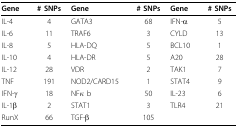
<table><thead><tr><td><b>Gene</b></td><td><b># SNPs</b></td><td><b>Gene</b></td><td><b># SNPs</b></td><td><b>Gene</b></td><td><b># SNPs</b></td></tr></thead><tbody><tr><td>IL-4</td><td>4</td><td>GATA3</td><td>68</td><td>IFN-α</td><td>5</td></tr><tr><td>IL-6</td><td>11</td><td>TRAF6</td><td>3</td><td>CYLD</td><td>13</td></tr><tr><td>IL-8</td><td>5</td><td>HLA-DQ</td><td>5</td><td>BCL10</td><td>1</td></tr><tr><td>IL-10</td><td>4</td><td>HLA-DR</td><td>5</td><td>A20</td><td>28</td></tr><tr><td>IL-12</td><td>28</td><td>VDR</td><td>2</td><td>TAK1</td><td>7</td></tr><tr><td>TNF</td><td>191</td><td>NOD2/CARD15</td><td>1</td><td>STAT4</td><td>9</td></tr><tr><td>IFN-γ</td><td>18</td><td>NFκ b</td><td>50</td><td>IL-23</td><td>6</td></tr><tr><td>IL-1β</td><td>2</td><td>STAT1</td><td>3</td><td>TLR4</td><td>21</td></tr><tr><td>RunX</td><td>66</td><td>TGF-β</td><td>105</td><td></td><td></td></tr></tbody></table>